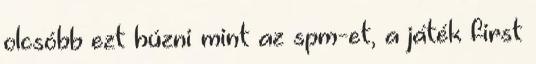
olcsóbb ezt húzni mint az spm-et, a játék first